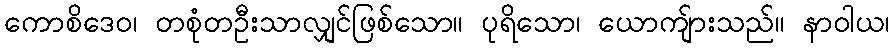
ကောစိဒေဝ၊ တစုံတဦးသာလျှင်ဖြစ်သော။ ပုရိသော၊ ယောကျ်ားသည်။ နာဝါယ၊